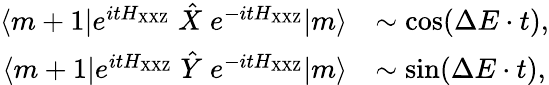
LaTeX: \begin{array}{rl}{\langle m+1|e^{itH_{\mathrm{XXZ}}}\; \hat{X}\; e^{-itH_{\mathrm{XXZ}}}|m\rangle}&{\sim\mathrm{cos}(\Delta E\cdot t),}\\ {\langle m+1|e^{itH_{\mathrm{XXZ}}}\; \hat{Y}\; e^{-itH_{\mathrm{XXZ}}}|m\rangle}&{\sim\mathrm{sin}(\Delta E\cdot t),}\end{array}